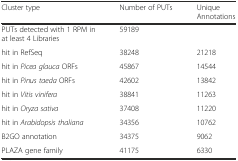
<table><thead><tr><td><b>Cluster type</b></td><td><b>Number of PUTs</b></td><td><b>Unique Annotations</b></td></tr></thead><tbody><tr><td>PUTs detected with 1 RPM in at least 4 Libraries</td><td>59189</td><td></td></tr><tr><td>hit in RefSeq</td><td>38248</td><td>21218</td></tr><tr><td>hit in <i>Picea glauca</i> ORFs</td><td>45867</td><td>14544</td></tr><tr><td>hit in <i>Pinus taeda</i> ORFs</td><td>42602</td><td>13842</td></tr><tr><td>hit in <i>Vitis vinifera</i></td><td>38841</td><td>11263</td></tr><tr><td>hit in <i>Oryza sativa</i></td><td>37408</td><td>11220</td></tr><tr><td>hit in <i>Arabidopsis thaliana</i></td><td>34356</td><td>10762</td></tr><tr><td>B2GO annotation</td><td>34375</td><td>9062</td></tr><tr><td>PLAZA gene family</td><td>41175</td><td>6330</td></tr></tbody></table>